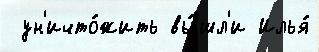
 ун'ичто́жить вы́шл'и Илья́